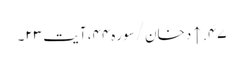
۴۷. ↑ دخان/سوره۴۴، آیت ۲۳۔